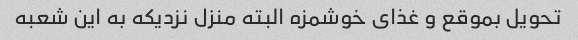
تحویل بموقع و غذای خوشمزه البته منزل نزدیکه به این شعبه